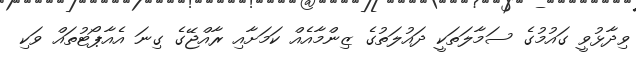
ވިދާޅުވީ ގައުމުގެ ސަމާލަތަކީ ދައުލަތުގެ ޒިންމާއެއް ކަމަށާއި ރާއްޖޭގެ ގިނަ އެއާޕޯޓުތައް ވަކި